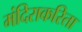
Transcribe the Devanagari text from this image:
मंदिराकरिता